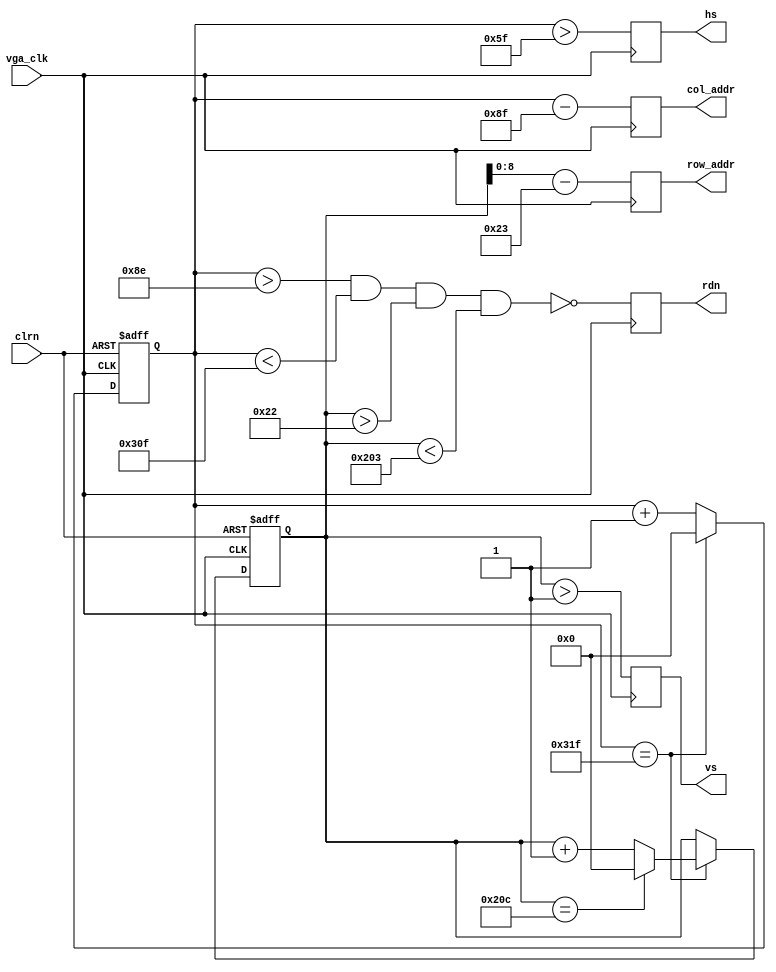
/************************************************
  The Verilog HDL code example is from the book
  Computer Principles and Design in Verilog HDL
  by Yamin Li, published by A JOHN WILEY & SONS
************************************************/
module Vga_Sync (
					vga_clk,
					clrn,
					row_addr,
					col_addr,
					rdn,
					hs,
					vs
					);   
    input               vga_clk;    // 25MHz
    input               clrn;
    output reg  [ 8: 0] row_addr = 0;   // pixel ram row address, 480 (512) lines
    output reg  [ 9: 0] col_addr = 0;   // pixel ram col address, 640 (1024) pixels
    output reg          rdn;        // read pixel RAM (active low)
    output reg          hs = 0, vs = 0;     // horizontal and vertical synchronization
    // h_count: vga horizontal counter (0-799 pixels)
    reg [9:0] h_count = 0;
    always @ (posedge vga_clk or negedge clrn) begin
        if (!clrn) begin
            h_count <= 10'h0;
        end else if (h_count == 10'd799) begin
            h_count <= 10'h0;
        end else begin 
            h_count <= h_count + 10'h1;
        end
    end
    // v_count: vga vertical counter (0-524 lines)
    reg [9:0] v_count = 0;
    always @ (posedge vga_clk or negedge clrn) begin
        if (!clrn) begin
            v_count <= 10'h0;
        end else if (h_count == 10'd799) begin
            if (v_count == 10'd524) begin
                v_count <= 10'h0;
            end else begin
                v_count <= v_count + 10'h1;
            end
        end
    end
    // signals, will be latched for outputs
    wire  [9:0] row    =  v_count - 10'd35;       // pixel ram row address 
    wire  [9:0] col    =  h_count - 10'd143;      // pixel ram col address 
    wire        h_sync = (h_count > 10'd95);      //  96 -> 799
    wire        v_sync = (v_count > 10'd1);       //   2 -> 524
    wire        read   = (h_count > 10'd142) &&   // 143 -> 782 =
                         (h_count < 10'd783) &&   //              640 pixels
                         (v_count > 10'd34)  &&   //  35 -> 514 =
                         (v_count < 10'd515);     //              480 lines
    // vga signals
    always @ (posedge vga_clk) begin
        row_addr <=  row[8:0];                    // pixel ram row address
        col_addr <=  col;                         // pixel ram col address
        rdn      <= ~read;                        // read pixel (active low)
        hs       <=  h_sync;                      // horizontal synch
        vs       <=  v_sync;                      // vertical   synch
    end
endmodule